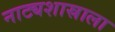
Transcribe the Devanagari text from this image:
नाट्यशास्राला